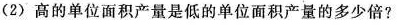
(2)高的单位面积产量是低的单位面积产量的多少倍?